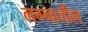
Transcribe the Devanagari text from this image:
लग्नातील